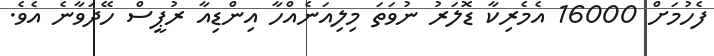
ފެހުމަށް 16000 އެމެރިކާ ޑޮލަރު ނުވަތަ މިލިއަނެއްހާ އިންޑިއާ ރުޕީސް ހޭދަވާނެ އެވެ.